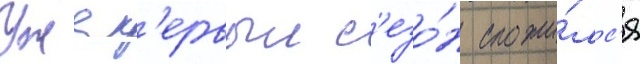
Уже п'ервыи с'езо́н сложи́лс'я